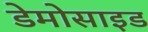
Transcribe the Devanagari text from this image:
डेमोसाइड